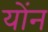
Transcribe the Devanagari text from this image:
योंन